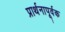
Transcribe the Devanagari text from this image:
प्रार्थनापूर्वक